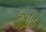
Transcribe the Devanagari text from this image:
अपत्ति